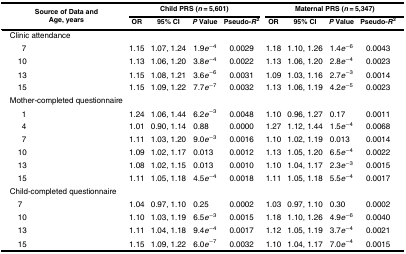
<table><thead><tr><td rowspan="2"><b>Source of Data and Age, years</b></td><td colspan="4"><b>Child PRS (<i>n</i> = 5,601)</b></td><td colspan="4"><b>Maternal PRS (<i>n</i> = 5,347)</b></td></tr><tr><td><b>OR</b></td><td><b>95% CI</b></td><td><b><i>P</i> Value</b></td><td><b>Pseudo-<i>R</i><sup>2</sup></b></td><td><b>OR</b></td><td><b>95% CI</b></td><td><b><i>P</i> Value</b></td><td><b>Pseudo-<i>R</i><sup>2</sup></b></td></tr></thead><tbody><tr><td>Clinic attendance</td><td></td><td></td><td></td><td></td><td></td><td></td><td></td><td></td></tr><tr><td>7</td><td>1.15</td><td>1.07, 1.24</td><td>1.9<i>e</i><sup>−4</sup></td><td>0.0029</td><td>1.18</td><td>1.10, 1.26</td><td>1.4<i>e</i><sup>−6</sup></td><td>0.0043</td></tr><tr><td> 10</td><td>1.13</td><td>1.06, 1.20</td><td>3.8<i>e</i><sup>−4</sup></td><td>0.0022</td><td>1.13</td><td>1.06, 1.20</td><td>2.8<i>e</i><sup>−4</sup></td><td>0.0023</td></tr><tr><td> 13</td><td>1.15</td><td>1.08, 1.21</td><td>3.6<i>e</i><sup>−6</sup></td><td>0.0031</td><td>1.09</td><td>1.03, 1.16</td><td>2.7<i>e</i><sup>−3</sup></td><td>0.0014</td></tr><tr><td> 15</td><td>1.15</td><td>1.09, 1.22</td><td>7.7<i>e</i><sup>−7</sup></td><td>0.0032</td><td>1.13</td><td>1.06, 1.19</td><td>4.2<i>e</i><sup>−5</sup></td><td>0.0023</td></tr><tr><td>Mother-completed questionnaire</td><td></td><td></td><td></td><td></td><td></td><td></td><td></td><td></td></tr><tr><td>1</td><td>1.24</td><td>1.06, 1.44</td><td>6.2<i>e</i><sup>−3</sup></td><td>0.0048</td><td>1.10</td><td>0.96, 1.27</td><td>0.17</td><td>0.0011</td></tr><tr><td>4</td><td>1.01</td><td>0.90, 1.14</td><td>0.88</td><td>0.0000</td><td>1.27</td><td>1.12, 1.44</td><td>1.5<i>e</i><sup>−4</sup></td><td>0.0068</td></tr><tr><td>7</td><td>1.11</td><td>1.03, 1.20</td><td>9.0<i>e</i><sup>−3</sup></td><td>0.0016</td><td>1.10</td><td>1.02, 1.19</td><td>0.013</td><td>0.0014</td></tr><tr><td> 10</td><td>1.09</td><td>1.02, 1.17</td><td>0.013</td><td>0.0012</td><td>1.13</td><td>1.05, 1.20</td><td>6.5<i>e</i><sup>−4</sup></td><td>0.0022</td></tr><tr><td> 13</td><td>1.08</td><td>1.02, 1.15</td><td>0.013</td><td>0.0010</td><td>1.10</td><td>1.04, 1.17</td><td>2.3<i>e</i><sup>−3</sup></td><td>0.0015</td></tr><tr><td> 15</td><td>1.11</td><td>1.05, 1.18</td><td>4.5<i>e</i><sup>−4</sup></td><td>0.0018</td><td>1.11</td><td>1.05, 1.18</td><td>5.5<i>e</i><sup>−4</sup></td><td>0.0017</td></tr><tr><td>Child-completed questionnaire</td><td></td><td></td><td></td><td></td><td></td><td></td><td></td><td></td></tr><tr><td> 7</td><td>1.04</td><td>0.97, 1.10</td><td>0.25</td><td>0.0002</td><td>1.03</td><td>0.97, 1.10</td><td>0.30</td><td>0.0002</td></tr><tr><td> 10</td><td>1.10</td><td>1.03, 1.19</td><td>6.5<i>e</i><sup>−3</sup></td><td>0.0015</td><td>1.18</td><td>1.10, 1.26</td><td>4.9<i>e</i><sup>−6</sup></td><td>0.0040</td></tr><tr><td> 13</td><td>1.11</td><td>1.04, 1.18</td><td>9.4<i>e</i><sup>−4</sup></td><td>0.0017</td><td>1.12</td><td>1.05, 1.19</td><td>3.7<i>e</i><sup>−4</sup></td><td>0.0021</td></tr><tr><td> 15</td><td>1.15</td><td>1.09, 1.22</td><td>6.0<i>e</i><sup>−7</sup></td><td>0.0032</td><td>1.10</td><td>1.04, 1.17</td><td>7.0<i>e</i><sup>−4</sup></td><td>0.0015</td></tr></tbody></table>